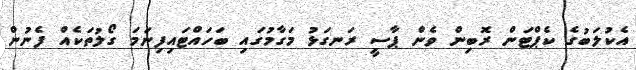
އެކުލަބުގެ ކެޕްޓަން ރޮބިން ވެން ޕާސީ ރަނގަޅު މަގާމުގައި ބަހައްޓައިފިނަމަ ގޯލުތަކެއް ފެނުން